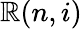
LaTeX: \mathbb{R}(n,i)